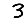
Digit: 3